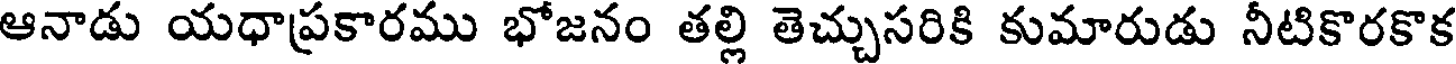
ఆనాడు యధాప్రకారము భోజనం తల్లి తెచ్చుసరికి కుమారుడు నీటికొరకొక